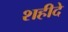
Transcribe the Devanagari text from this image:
शहीदे